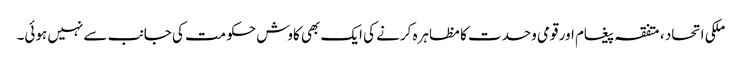
ملکی اتحاد ، متفقہ پیغام اور قومی وحدت کا مظاہرہ کرنے کی ایک بھی کاوش حکومت کی جانب سے نہیں ہوئی۔